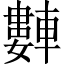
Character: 𬧻